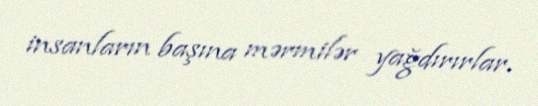
insanların başına mərmilər yağdırırlar.